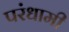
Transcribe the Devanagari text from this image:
परंधामी